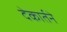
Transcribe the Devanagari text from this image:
देकार्तने